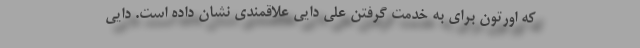
که اورتون برای به خدمت گرفتن علی دایی علاقمندی نشان داده است. دایی